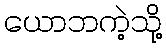
ယောဘကဲ့သို့